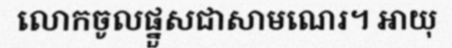
លោកចូលផ្នួសជាសាមណេរ។ អាយុ